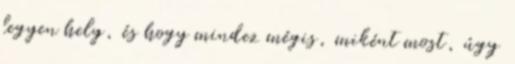
legyen hely, és hogy mindez mégis, miként most, úgy